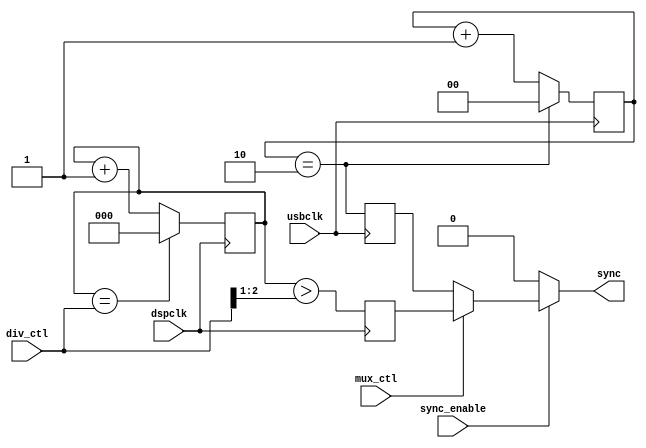
// Synthesizes to 15 slices at 200 MHz in XC3Sxxx-4 using XST-8.2i
`timescale 1ns / 1ns
module max1820(
	// input clocks
	input dspclk,
	input usbclk,

	// output
	output sync,

	// control inputs
	input sync_enable,   // posedge usbclk domain
	input [2:0] div_ctl, // posedge dspclk domain
	input mux_ctl        // more-or-less asynchronous
);

// MAX1820Y sync range is 15 to 21 MHz, nominal 19.8 MHz

// start simple
reg sync_usb=0;
reg [1:0] usb_cnt=0;

always @(posedge usbclk) begin
	// hard-coded divide 48 MHz USB clock by 3 to get 16 MHz
	usb_cnt <= (usb_cnt==2) ? 0 : (usb_cnt + 1'b1);
	sync_usb <= usb_cnt==2'd2;
end

// Except for a gap at low frequencies from 42 to 45 MHz, divide ratios
// of 2 to 8 can in principle sync to any FPGA/ADC clock from 30 to 168 MHz.
reg [2:0] dsp_cnt=0;
reg sync_dsp;
always @(posedge dspclk) begin
	dsp_cnt <= (dsp_cnt==div_ctl) ? 0 : (dsp_cnt+1'b1);
	sync_dsp <= dsp_cnt > {1'b0,div_ctl[2:1]};
end

// asynchronous multiplexer on output
assign sync = sync_enable ? (mux_ctl ? sync_dsp : sync_usb) : 1'b0;

endmodule